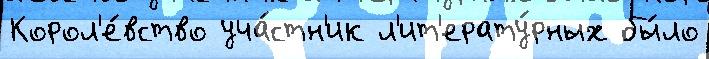
Корол'е́вство уча́стн'ик л'ит'ерату́рных бы́ло